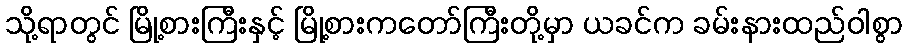
သို့ရာတွင် မြို့စားကြီးနှင့် မြို့စားကတော်ကြီးတို့မှာ ယခင်က ခမ်းနားထည်ဝါစွာ